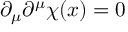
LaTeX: \partial _ { \mu } \partial ^ { \mu } \chi ( x ) = 0